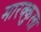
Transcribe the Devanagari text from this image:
मारक्कुला